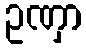
ဥဏှာ